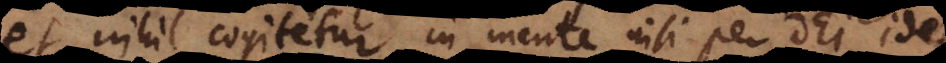
et nihil cogitetur in mente nisi per Dei ideam,